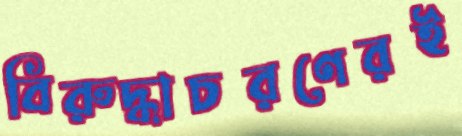
বিরুদ্ধাচরণেরই